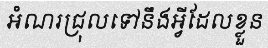
អំណរជ្រុលទៅនឹងអ្វីដែលខ្លួន